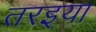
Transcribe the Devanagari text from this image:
तरइया